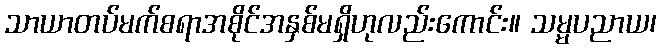
သာယာတပ်မက်စရာအစိုင်အနှစ်မရှိဟုလည်းကောင်း။ သမ္မပညာယ၊